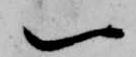
一